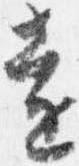
遠